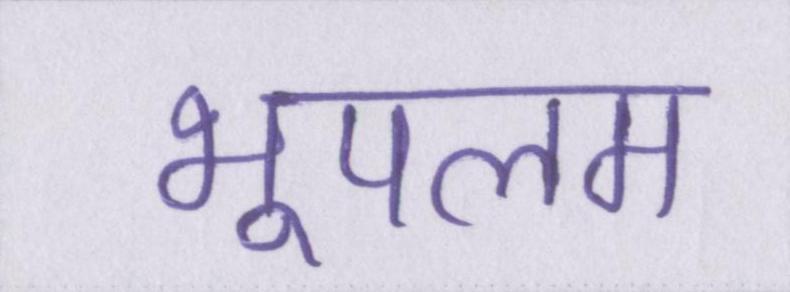
भूपलम